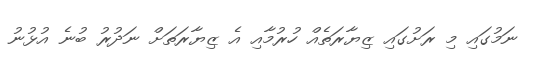
ނަމުގައި މި ރަށުގައި ޒިޔާރަތެއް ހުރުމާއި އެ ޒިޔާރަތަށް ނަދުރު ބުނެ އުޅުނު